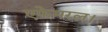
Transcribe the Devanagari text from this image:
एफेमरल।